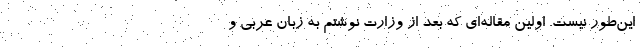
اين‌طور نيست. اولين مقاله‌اي كه بعد از وزارت نوشتم به زبان عربي و